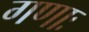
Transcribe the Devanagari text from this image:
गणाः